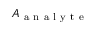
A _ { \mathrm { ~ a ~ n ~ a ~ l ~ y ~ t ~ e ~ } }